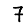
Digit: 7